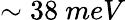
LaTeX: \sim 38\ meV